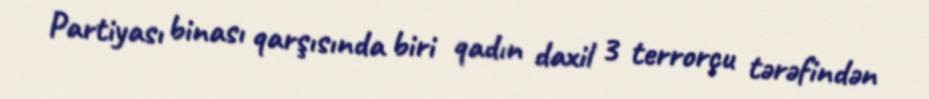
Partiyası binası qarşısında biri qadın daxil 3 terrorçu tərəfindən